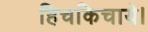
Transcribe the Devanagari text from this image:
हिचकिचाये।